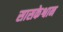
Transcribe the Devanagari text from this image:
सासकेश्वान